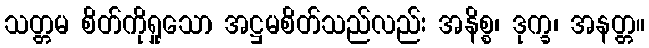
သတ္တမ စိတ်ကိုရှုသော အဋ္ဌမစိတ်သည်လည်း အနိစ္စ၊ ဒုက္ခ၊ အနတ္တ။